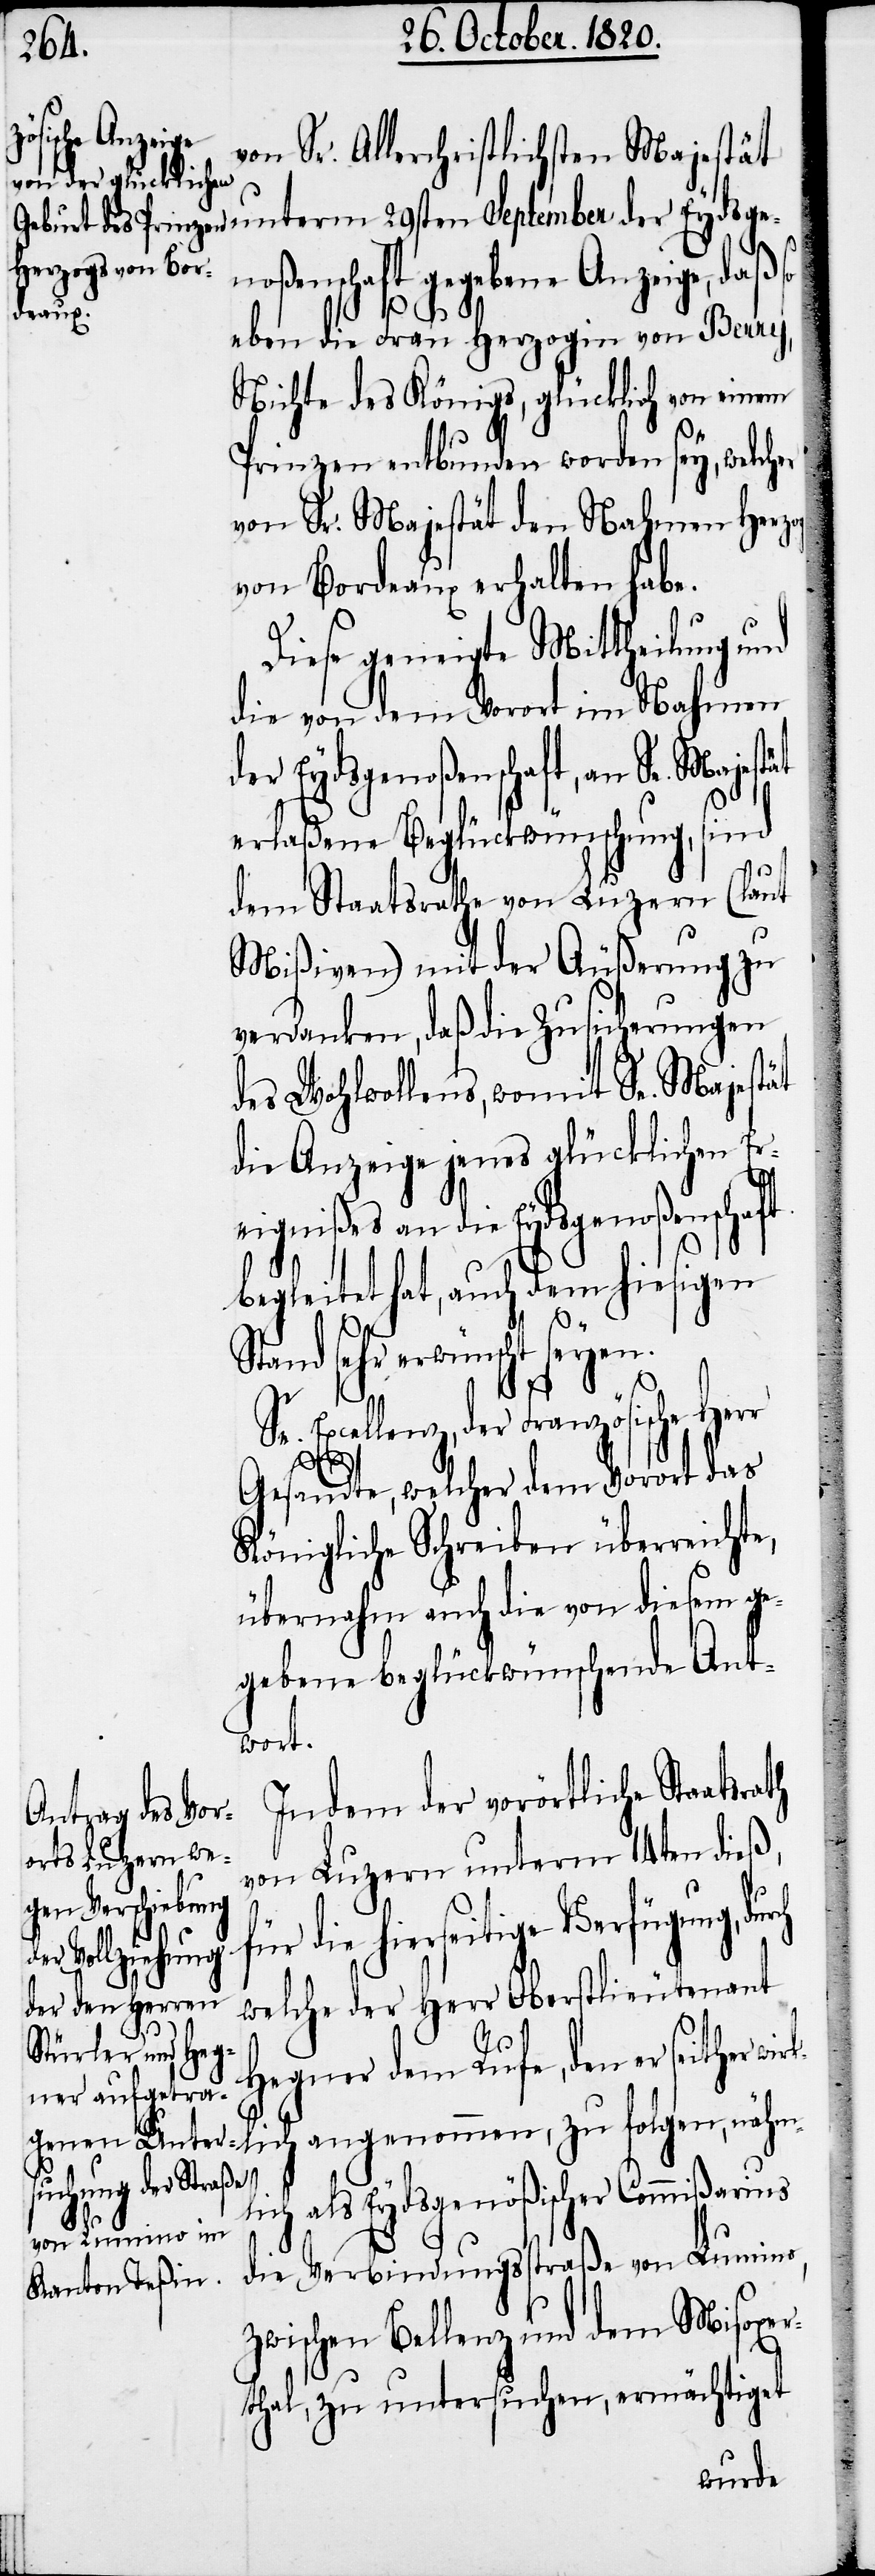
von Sr. Allerchristlichen Majestät
noßenschaft gegebene Anzeige, daß so
eben die Frau Herzogin von Berry,
Nichte des Königs, glücklich von einem
Prinzen entbunden worden sey, welch¬
von Sr. Majestät den Nahmen Herzog
von Bordeaux erhalten habe.
Diese geneigte Mittheilung und
die von dem Vorort im Nahmen
der Eydsgenoßenschaft, an Sr. Majest¬
erlaßene Beglückwünschung, sind
dem Staatsrathe von Luzern (laut
Mißiven) mit der Äußerung zu
verdanken, daß die Zusicherungen
des Wohlwollens, womit Sr. Majestät
die Anzeige jenes glücklichen Er¬
rch
eignißes an die Eydsgenoßenschaft
begleitet hat, auch dem hiesigen
srath
Stand sehr erwünscht seyen.
Excellenz, der Französische
ät
Gesandte, welcher dem Vorort das
Königliche Schreiben überreichte,
übernahm auch die von diesem ge¬
gebene beglückwünschende Ant¬
wort.
Indem der vorörtliche Staat¬
von Luzern unterm 14ten dieß,
die hierseitige Verfügung, du¬
welche der Herr Oberstlieutenant
Hegner dem Rufe, den er
seither wirklich angenommen, zu folgen, nähm¬
lich als Eydsgenößischer Commißarius
die Verbindungsstraße von Lumino,
zwischen Bellenz und dem Mißoxe¬
rthal, zu untersuchen, ermächtiget